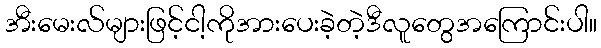
အီးမေးလ်များဖြင့်ငါ့ကိုအားပေးခဲ့တဲ့ဒီလူတွေအကြောင်းပါ။